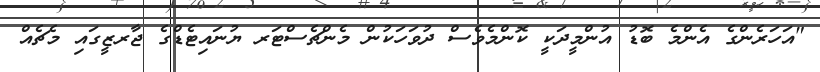
"އަހަރެންގެ އެންމެ ބޮޑު އުންމީދަކީ ކޮންމެވެސް ދުވަހަކުން މެންޗެސްޓަރ ޔުނައިޓެޑްގެ ޖާރޒީގައި މެޗެއް